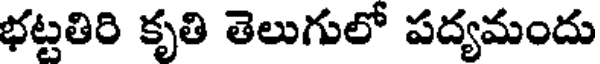
భట్టతిరి కృతి తెలుగులో పద్యమందు